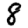
Digit: 8